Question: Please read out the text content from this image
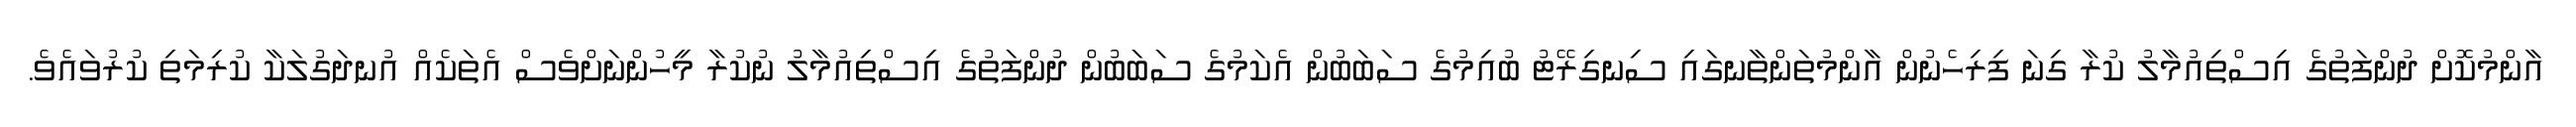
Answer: އާންމުކޮށް ދުންފަތުގެ އިސްތިއުމާލު ކުރާ ގިނަ ފިރިހެނުން އާންމުތަންތާނގައި ސިނގިރޭޓު ބުއިމުގެ ސަބަބުން އެކަމުގެ ސަބަބުން ދުންފަތުގެ އިސްތިއުމާލު ނުކުރާ މީހުންނަށްވެސް އެތަކެއް އުނދަގުލަކާ ކުރިމަތި ކުރުވައެވެ.